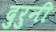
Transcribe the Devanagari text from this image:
दुरुनी